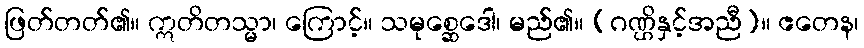
ဖြတ်တတ်၏။ ဣတိတသ္မာ၊ ကြောင့်။ သမုစ္ဆေဒေါ၊ မည်၏။ (ဂဏ္ဌိနှင့်အညီ)။ ဧတေန၊